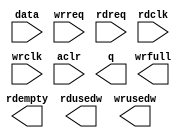
// megafunction wizard: %FIFO%VBB%
// GENERATION: STANDARD
// VERSION: WM1.0
// MODULE: dcfifo 

// ============================================================
// Megafunction Name(s):
// 			dcfifo
// ============================================================
// ************************************************************
// THIS IS A WIZARD-GENERATED FILE. DO NOT EDIT THIS FILE!
//
// 5.0 Build 168 06/22/2005 SP 1 SJ Web Edition
// ************************************************************

//Copyright (C) 1991-2005 Altera Corporation
//Your use of Altera Corporation's design tools, logic functions 
//and other software and tools, and its AMPP partner logic       
//functions, and any output files any of the foregoing           
//(including device programming or simulation files), and any    
//associated documentation or information are expressly subject  
//to the terms and conditions of the Altera Program License      
//Subscription Agreement, Altera MegaCore Function License       
//Agreement, or other applicable license agreement, including,   
//without limitation, that your use is for the sole purpose of   
//programming logic devices manufactured by Altera and sold by   
//Altera or its authorized distributors.  Please refer to the    
//applicable agreement for further details.

module fifo_4k (
	data,
	wrreq,
	rdreq,
	rdclk,
	wrclk,
	aclr,
	q,
	rdempty,
	rdusedw,
	wrfull,
	wrusedw)/* synthesis synthesis_clearbox = 1 */;

	input	[15:0]  data;
	input	  wrreq;
	input	  rdreq;
	input	  rdclk;
	input	  wrclk;
	input	  aclr;
	output	[15:0]  q;
	output	  rdempty;
	output	[11:0]  rdusedw;
	output	  wrfull;
	output	[11:0]  wrusedw;

endmodule

// ============================================================
// CNX file retrieval info
// ============================================================
// Retrieval info: PRIVATE: Width NUMERIC "16"
// Retrieval info: PRIVATE: Depth NUMERIC "4096"
// Retrieval info: PRIVATE: Clock NUMERIC "4"
// Retrieval info: PRIVATE: CLOCKS_ARE_SYNCHRONIZED NUMERIC "0"
// Retrieval info: PRIVATE: Full NUMERIC "1"
// Retrieval info: PRIVATE: Empty NUMERIC "1"
// Retrieval info: PRIVATE: UsedW NUMERIC "1"
// Retrieval info: PRIVATE: AlmostFull NUMERIC "0"
// Retrieval info: PRIVATE: AlmostEmpty NUMERIC "0"
// Retrieval info: PRIVATE: AlmostFullThr NUMERIC "-1"
// Retrieval info: PRIVATE: AlmostEmptyThr NUMERIC "-1"
// Retrieval info: PRIVATE: sc_aclr NUMERIC "0"
// Retrieval info: PRIVATE: sc_sclr NUMERIC "0"
// Retrieval info: PRIVATE: rsFull NUMERIC "0"
// Retrieval info: PRIVATE: rsEmpty NUMERIC "1"
// Retrieval info: PRIVATE: rsUsedW NUMERIC "1"
// Retrieval info: PRIVATE: wsFull NUMERIC "1"
// Retrieval info: PRIVATE: wsEmpty NUMERIC "0"
// Retrieval info: PRIVATE: wsUsedW NUMERIC "1"
// Retrieval info: PRIVATE: dc_aclr NUMERIC "1"
// Retrieval info: PRIVATE: LegacyRREQ NUMERIC "0"
// Retrieval info: PRIVATE: RAM_BLOCK_TYPE NUMERIC "0"
// Retrieval info: PRIVATE: MAX_DEPTH_BY_9 NUMERIC "0"
// Retrieval info: PRIVATE: LE_BasedFIFO NUMERIC "0"
// Retrieval info: PRIVATE: Optimize NUMERIC "2"
// Retrieval info: PRIVATE: OVERFLOW_CHECKING NUMERIC "1"
// Retrieval info: PRIVATE: UNDERFLOW_CHECKING NUMERIC "1"
// Retrieval info: PRIVATE: INTENDED_DEVICE_FAMILY STRING "Cyclone"
// Retrieval info: CONSTANT: LPM_WIDTH NUMERIC "16"
// Retrieval info: CONSTANT: LPM_NUMWORDS NUMERIC "4096"
// Retrieval info: CONSTANT: LPM_WIDTHU NUMERIC "12"
// Retrieval info: CONSTANT: INTENDED_DEVICE_FAMILY STRING "Cyclone"
// Retrieval info: CONSTANT: CLOCKS_ARE_SYNCHRONIZED STRING "FALSE"
// Retrieval info: CONSTANT: LPM_TYPE STRING "dcfifo"
// Retrieval info: CONSTANT: LPM_SHOWAHEAD STRING "ON"
// Retrieval info: CONSTANT: OVERFLOW_CHECKING STRING "OFF"
// Retrieval info: CONSTANT: UNDERFLOW_CHECKING STRING "OFF"
// Retrieval info: CONSTANT: USE_EAB STRING "ON"
// Retrieval info: CONSTANT: ADD_RAM_OUTPUT_REGISTER STRING "OFF"
// Retrieval info: CONSTANT: INTENDED_DEVICE_FAMILY STRING "Cyclone"
// Retrieval info: USED_PORT: data 0 0 16 0 INPUT NODEFVAL data[15..0]
// Retrieval info: USED_PORT: q 0 0 16 0 OUTPUT NODEFVAL q[15..0]
// Retrieval info: USED_PORT: wrreq 0 0 0 0 INPUT NODEFVAL wrreq
// Retrieval info: USED_PORT: rdreq 0 0 0 0 INPUT NODEFVAL rdreq
// Retrieval info: USED_PORT: rdclk 0 0 0 0 INPUT NODEFVAL rdclk
// Retrieval info: USED_PORT: wrclk 0 0 0 0 INPUT NODEFVAL wrclk
// Retrieval info: USED_PORT: rdempty 0 0 0 0 OUTPUT NODEFVAL rdempty
// Retrieval info: USED_PORT: rdusedw 0 0 12 0 OUTPUT NODEFVAL rdusedw[11..0]
// Retrieval info: USED_PORT: wrfull 0 0 0 0 OUTPUT NODEFVAL wrfull
// Retrieval info: USED_PORT: wrusedw 0 0 12 0 OUTPUT NODEFVAL wrusedw[11..0]
// Retrieval info: USED_PORT: aclr 0 0 0 0 INPUT GND aclr
// Retrieval info: CONNECT: @data 0 0 16 0 data 0 0 16 0
// Retrieval info: CONNECT: q 0 0 16 0 @q 0 0 16 0
// Retrieval info: CONNECT: @wrreq 0 0 0 0 wrreq 0 0 0 0
// Retrieval info: CONNECT: @rdreq 0 0 0 0 rdreq 0 0 0 0
// Retrieval info: CONNECT: @rdclk 0 0 0 0 rdclk 0 0 0 0
// Retrieval info: CONNECT: @wrclk 0 0 0 0 wrclk 0 0 0 0
// Retrieval info: CONNECT: rdempty 0 0 0 0 @rdempty 0 0 0 0
// Retrieval info: CONNECT: rdusedw 0 0 12 0 @rdusedw 0 0 12 0
// Retrieval info: CONNECT: wrfull 0 0 0 0 @wrfull 0 0 0 0
// Retrieval info: CONNECT: wrusedw 0 0 12 0 @wrusedw 0 0 12 0
// Retrieval info: CONNECT: @aclr 0 0 0 0 aclr 0 0 0 0
// Retrieval info: LIBRARY: altera_mf altera_mf.altera_mf_components.all
// Retrieval info: GEN_FILE: TYPE_NORMAL fifo_4k.v TRUE
// Retrieval info: GEN_FILE: TYPE_NORMAL fifo_4k.inc FALSE
// Retrieval info: GEN_FILE: TYPE_NORMAL fifo_4k.cmp FALSE
// Retrieval info: GEN_FILE: TYPE_NORMAL fifo_4k.bsf FALSE
// Retrieval info: GEN_FILE: TYPE_NORMAL fifo_4k_inst.v FALSE
// Retrieval info: GEN_FILE: TYPE_NORMAL fifo_4k_bb.v TRUE
// Retrieval info: GEN_FILE: TYPE_NORMAL fifo_4k_waveforms.html TRUE
// Retrieval info: GEN_FILE: TYPE_NORMAL fifo_4k_wave*.jpg FALSE